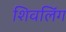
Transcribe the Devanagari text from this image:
शिवलिंंग